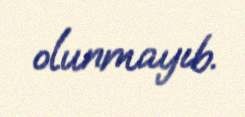
olunmayıb.